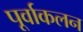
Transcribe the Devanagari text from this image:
पूर्वाकलन